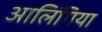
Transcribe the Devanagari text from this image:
आलिंगिया